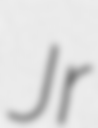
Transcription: Jr